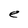
Character: e